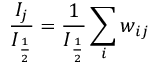
\frac { I _ { j } } { I _ { \frac { 1 } { 2 } } } = \frac { 1 } { I _ { \frac { 1 } { 2 } } } \sum _ { i } w _ { i j }